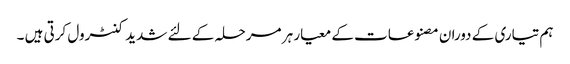
ہم تیاری کے دوران مصنوعات کے معیار ہر مرحلہ کے لئے شدید کنٹرول کرتی ہیں ۔